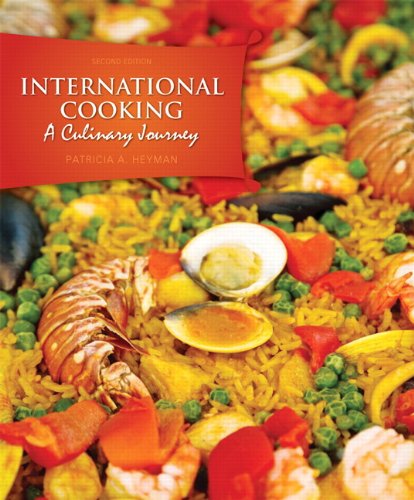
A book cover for International Cooking: A Culinary Journey (2nd Edition); Patricia A. Heyman; Cookbooks, Food & Wine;